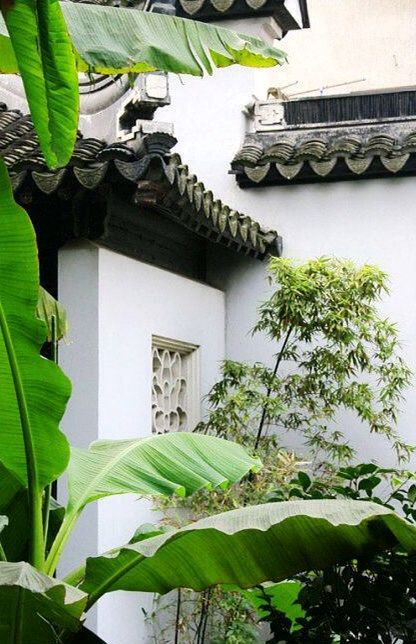
深院锁黄昏，阵阵芭蕉雨。